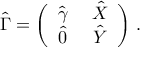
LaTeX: \hat { \Gamma } = \left( \begin{array} { c c } { { \hat { \gamma } ~ } } & { { \hat { X } } } \\ { { \hat { 0 } ~ } } & { { \hat { Y } } } \end{array} \right) \, .